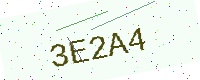
Text: 3E2A4